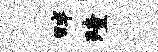
畔殪